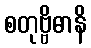
စတုဗ္ဗိဓာနိ